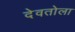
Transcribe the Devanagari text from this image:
देवतोला